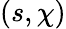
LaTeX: (s,\chi)